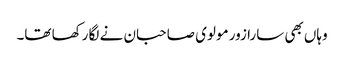
وہاں بھی سارا زور مولوی صاحبان نے لگا رکھا تھا۔